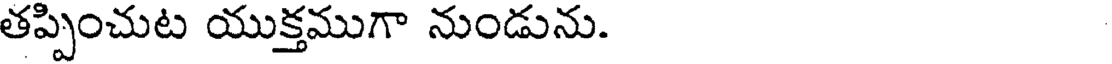
తప్పించుట యుక్తముగా నుండును.